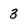
Character: 3